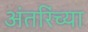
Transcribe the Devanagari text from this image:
अंतरिंच्या